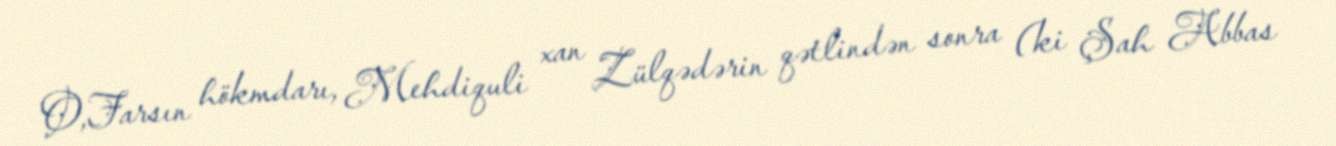
O,Farsın hökmdarı, Mehdiquli xan Zülqədərin qətlindən sonra (ki Şah Abbas